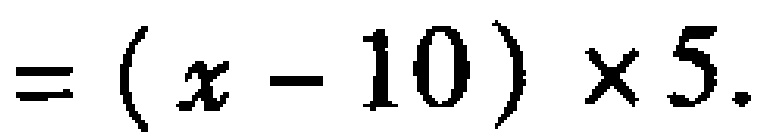
$=(x - 10)\times5.$